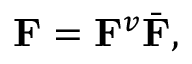
\mathbf { F } = \mathbf { F } ^ { v } \bar { \mathbf { F } } ,